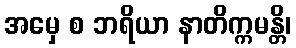
အမှေ စ ဘရိယာ နာတိက္ကမန္တိ၊